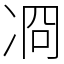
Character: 㓏